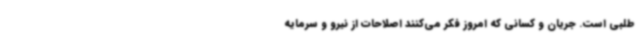
طلبی است. جریان و کسانی که امروز فکر می‌کنند اصلاحات از نیرو و سرمایه